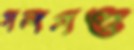
গলগণ্ড